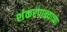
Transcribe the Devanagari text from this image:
शंकरपाळ्याच्या